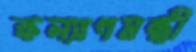
কল্যাণমন্ত্রী